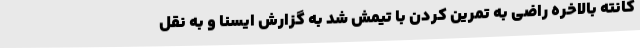
کانته بالاخره راضی به تمرین کردن با تیمش شد به گزارش ایسنا و به نقل